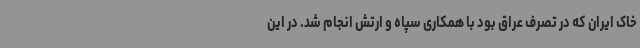
خاک ایران که در تصرف عراق بود با همکاری سپاه و ارتش انجام شد. در این